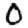
Digit: 0